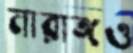
নারাঙ্গও